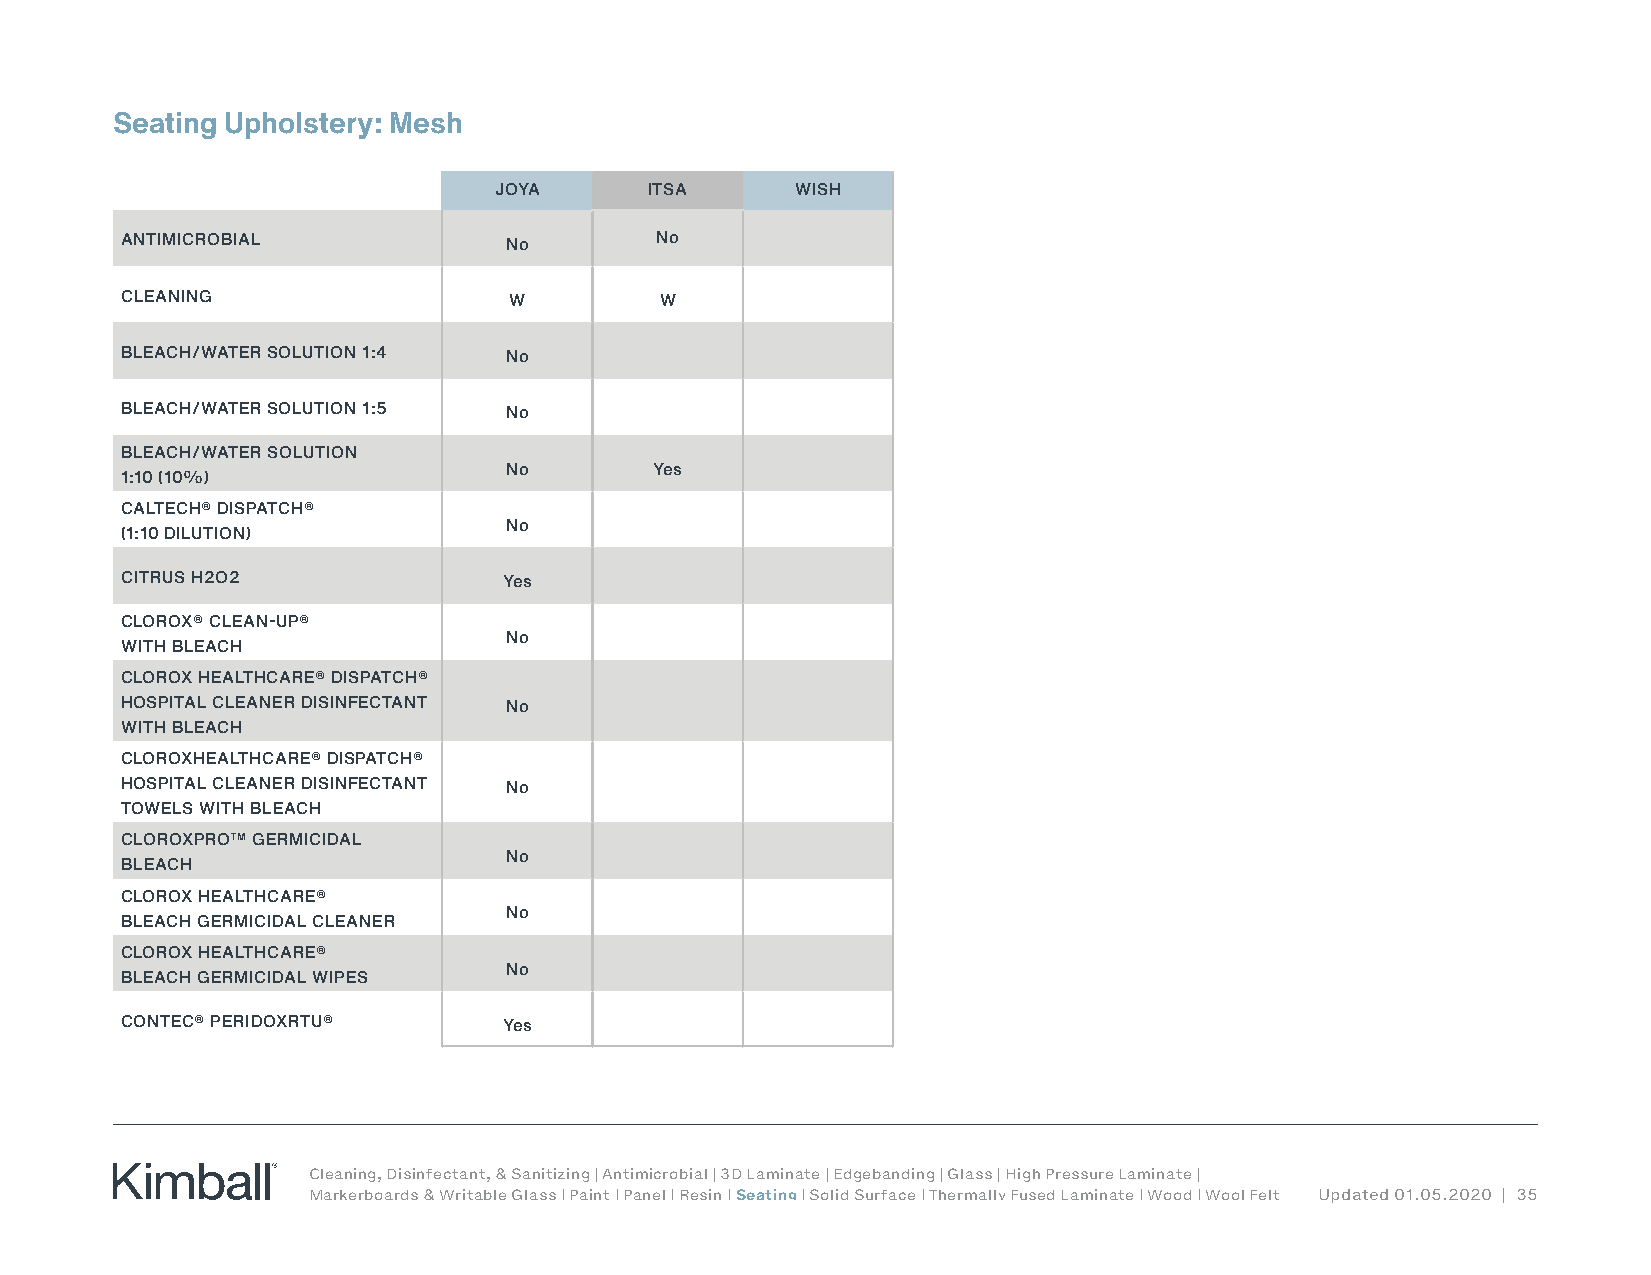
Seating Upholstery: Mesh
 JOYA      ITSA      WISH
 ANTIMICROBIAL            No        No
 CLEANING                  W         W
 BLEACH/WATER SOLUTION 1:4 No
 BLEACH/WATER SOLUTION 1:5 No
 BLEACH/WATER SOLUTION
 No        Yes
 1:10 (10%)
 CALTECH® DISPATCH®
 No
 (1:10 DILUTION)
 CITRUS H2O2              Yes
 CLOROX® CLEAN-UP®
 No
 WITH BLEACH
 CLOROX HEALTHCARE® DISPATCH®
 HOSPITAL CLEANER DISINFECTANT No
 WITH BLEACH
 CLOROXHEALTHCARE® DISPATCH®
 HOSPITAL CLEANER DISINFECTANT No
 TOWELS WITH BLEACH
 CLOROXPRO™ GERMICIDAL
 No
 BLEACH
 CLOROX HEALTHCARE®
 No
 BLEACH GERMICIDAL CLEANER
 CLOROX HEALTHCARE®
 No
 BLEACH GERMICIDAL WIPES
 CONTEC® PERIDOXRTU®      Yes
 Cleaning, Disinfectant, & Sanitizing | Antimicrobial | 3D Laminate | Edgebanding | Glass | High Pressure Laminate |
 Markerboards & Writable Glass | Paint | Panel | Resin | Seating | Solid Surface | Thermally Fused Laminate | Wood | Wool Felt Updated 01.05.2020 | 35